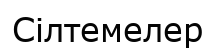
Сілтемелер